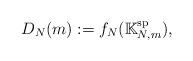
LaTeX: \begin{align*} D_{N}(m) := f_{N}(\mathbb{K}_{N,m}^{\mathrm{sp}}), \end{align*}